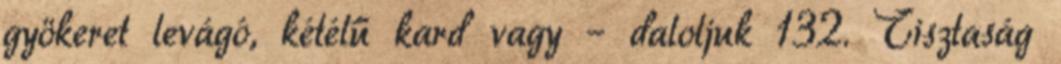
gyökeret levágó, kétélű kard vagy – daloljuk 132. Tisztaság